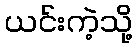
ယင်းကဲ့သို့